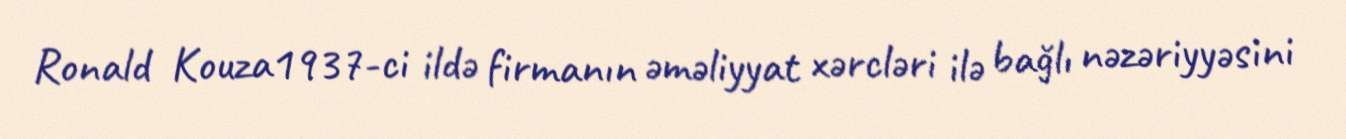
Ronald Kouza1937-ci ildə firmanın əməliyyat xərcləri ilə bağlı nəzəriyyəsini